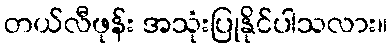
တယ်လီဖုန်း အသုံးပြုနိုင်ပါသလား။